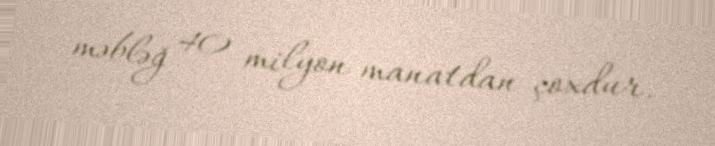
məbləğ 40 milyon manatdan çoxdur.